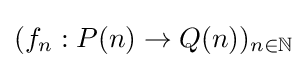
(f_{n}:P(n)\to Q(n))_{n\in \mathbb {N} }